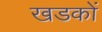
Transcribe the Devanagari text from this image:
खडकों